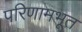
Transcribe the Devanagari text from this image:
परिणामभूत